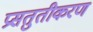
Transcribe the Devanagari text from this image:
प्रसतुतीकरण